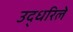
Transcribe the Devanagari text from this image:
उद्धरिले